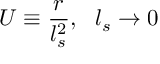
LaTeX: U \equiv \frac { r } { l _ { s } ^ { 2 } } , \ \ l _ { s } \rightarrow 0